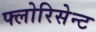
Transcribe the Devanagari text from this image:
फ्लोरिसेन्ट